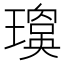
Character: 𱯬